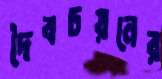
দৈবচয়নের